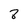
Character: 8